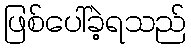
ဖြစ်ပေါ်ခဲ့ရသည်